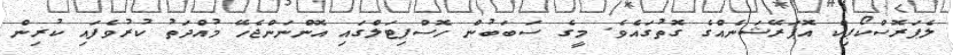
ލެޕަރޮސްކޯޕިކް އޮޕަރޭޝަނެއްގެ ގޮތުގައެވެ. މީގެ ސަބަބުން ހޮސްޕިޓަލްގައި އޮންނަންޖެހޭ މުއްދަތު ކުރުވެފައި ކުރިން